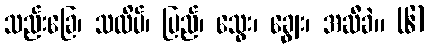
သည်းခြေ၊ သလိပ်၊ ပြည်၊ သွေး၊ ချွေး၊ အဆီခဲ။ (၆)